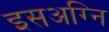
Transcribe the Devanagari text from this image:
इसअग्नि